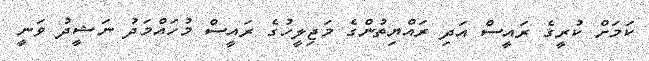
ކަމަށް ކުރީގެ ރައީސް އަދި ރައްޔިތުންގެ މަޖިލީހުގެ ރައީސް މުހައްމަދު ނަޝީދު ވަނީ